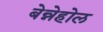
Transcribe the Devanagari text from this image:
बेन्नेहोल